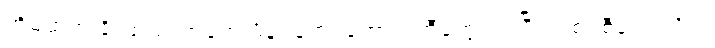
အိမ်ထဲက ခိုးထည့်လာခဲ့တဲ့ ဖိနပ်တွေ၊ ဘောင်းဘီတွေဝတ်ပြီး ဂျစ်ပစီတွေ လိုပဲ။